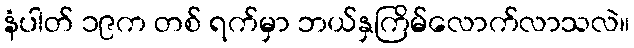
နံပါတ် ၁၉က တစ် ရက်မှာ ဘယ်နှကြိမ်လောက်လာသလဲ။